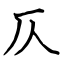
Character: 仄